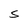
Character: S